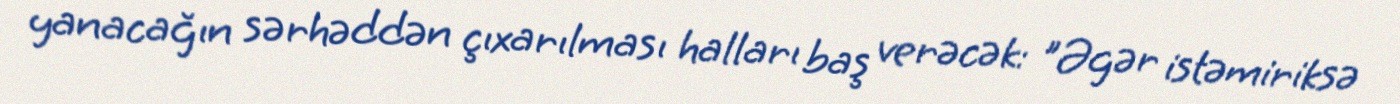
yanacağın sərhəddən çıxarılması halları baş verəcək: "Əgər istəmiriksə